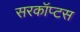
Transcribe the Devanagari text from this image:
सरकॉप्टस